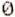
0